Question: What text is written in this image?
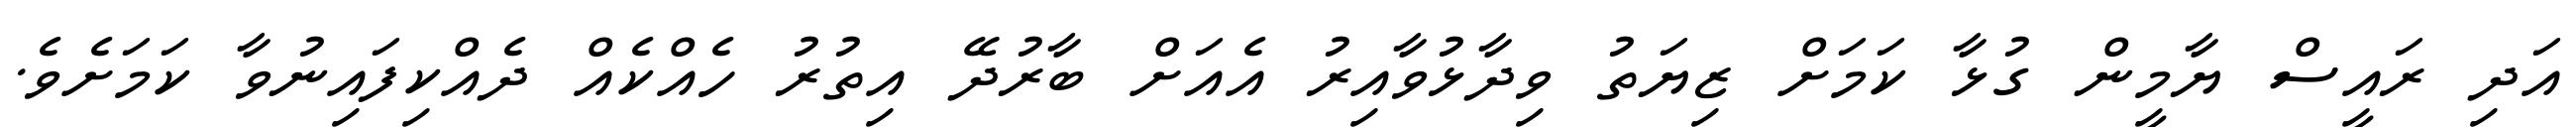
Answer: އަދި ރައީސް ޔާމީން ގުޅާ ކަމަށް ޒިޔަތު ވިދާޅުވާއިރު އެއަށް ބާރުދޭ އިތުރު ހެއްކެއް ދެއްކިފައިނުވާ ކަމަށެވެ.